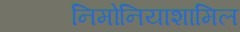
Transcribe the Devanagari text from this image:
निमोनियाशामिल